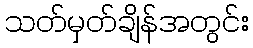
သတ်မှတ်ချိန်အတွင်း